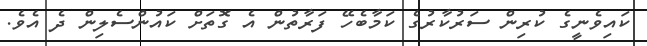
ކައިވެނީގެ ކުރިން ސަރުކާރުގެ ކަމާބެހޭ ފަރާތުން އެ ގޮތަށް ކައުންސެލިން ދެ އެވެ.